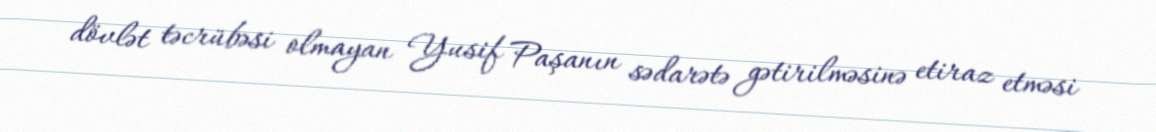
dövlət təcrübəsi olmayan Yusif Paşanın sədarətə gətirilməsinə etiraz etməsi